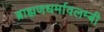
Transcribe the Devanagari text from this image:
ब्राह्मणधर्मावलम्बी